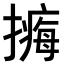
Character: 𢵹